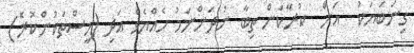
ގިނަބަޔަކު  އަށް  ކުރާކަން ތިބާ ނުދަންނަމު ހެއްޔެވެ އަދި (މީސްތަކުންކުރެ)